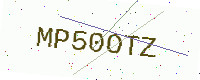
Text: MP50OTZ